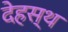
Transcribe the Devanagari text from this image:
देहस्थ